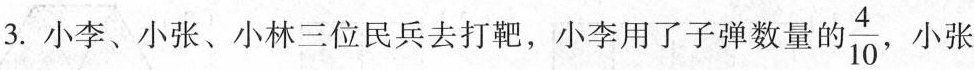
3.小李、小张、小林三位民兵去打靶，小李用了子弹数量\frac{4}{10}, 小张